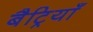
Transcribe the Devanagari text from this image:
बैट्रियाँ